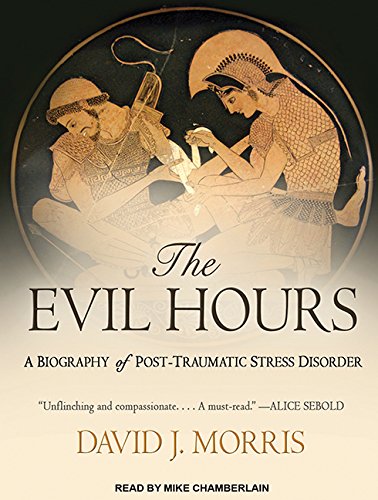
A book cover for The Evil Hours: A Biography of Post-traumatic Stress Disorder; David J. Morris; Medical Books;